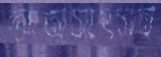
আত্মসাৎসহ